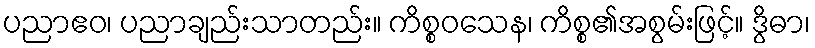
ပညာဧဝ၊ ပညာချည်းသာတည်း။ ကိစ္စဝသေန၊ ကိစ္စ၏အစွမ်းဖြင့်။ ဒွိဓာ၊